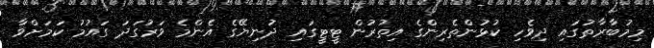
މިމުބާރާތުގައި ދިވެހި ކުޅުންތެރިންގެ އިތުރުން ޓީޓީގައި ދުނިޔޭގެ އެންމެ ވަރުގަދަ ގައުމު ކަމަށްވާ